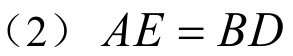
（2）\(AE = BD\)